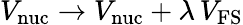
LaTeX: V_{\mathrm{nuc}}\to V_{\mathrm{nuc}}+\lambda\, V_{\mathrm{FS}}